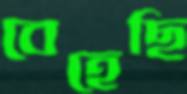
বেহেছি